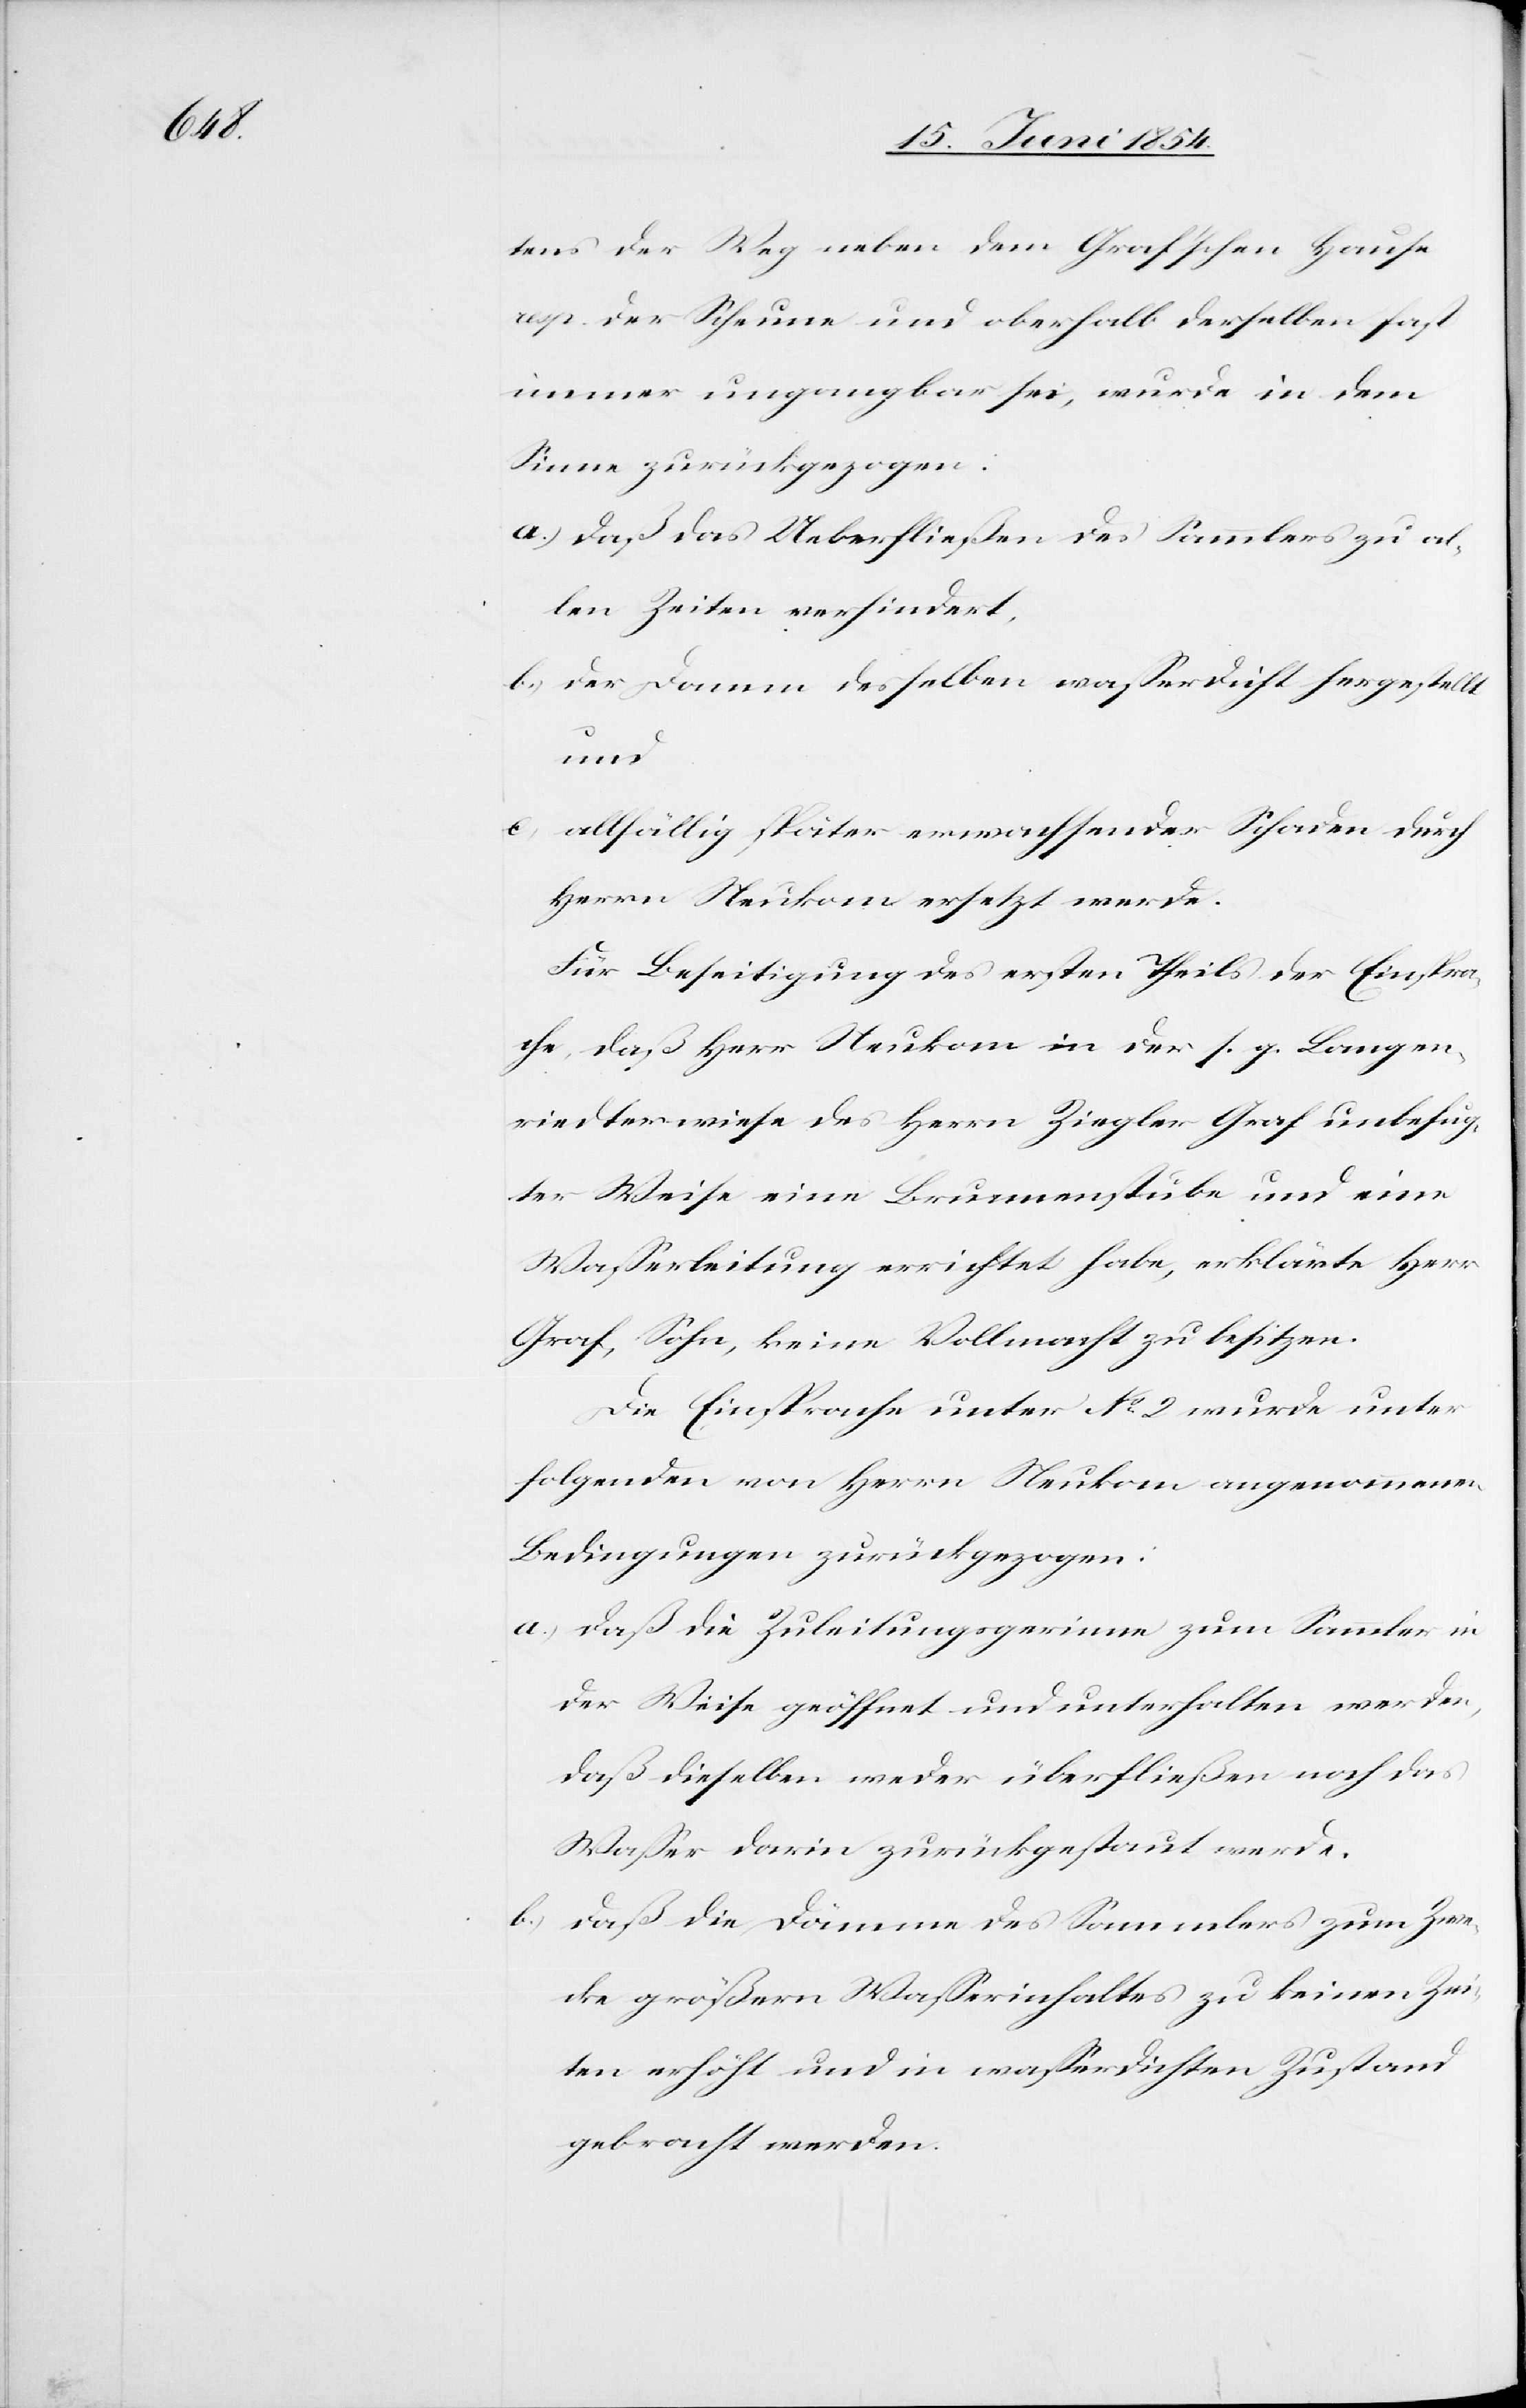
tens der Weg neben dem Graf’schen Hause
resp. der Scheune und oberhalb derselben fast
immer ungangbar sei, wurde in dem
Sinne zurückgezogen.
a.) daß das Ueberfließen des Sammlers zu al¬
len Zeiten verhindert,
b.) der Damm desselben waßerdicht hergestellt
und
c.) allfällig später erwachsender Schaden durch
Herrn Neukom ersetzt werde.
Für Beseitigung des ersten Theils der Einspra¬
che, daß Herr Neukom in der s. g. Langen¬
riedterwiese des Herrn Ziegler Graf unbefug¬
ter Weise eine Brunnenstube und eine
Waßerleitung errichtet habe, erklärte Herr
Graf, Sohn, keine Vollmacht zu besitzen
Die Einsprache unter No 2 wurde unter
folgenden von Herrn Neukom angenommenen
Bedingungen zurückgezogen:
a.) daß die Zuleitungsgerinne zum Sammler in
der Weise geöffnet und unterhalten werden,
daß dieselben weder überfließen noch das
Waßer darin zurückgestaut werde.
b.) daß die Dämme des Sammlers zum Zwe¬
cke größern Waßerinhaltes zu keinen Zei¬
ten erhöht und in waßerdichten Zustand
gebracht werden.